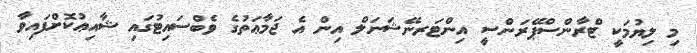
މި ލިޔުމަކީ ޓްރާންސްޕޭރަންސީ އިންޓަރނޭޝަނަލް އިން އެ ޖަމާޢަތުގެ ވެބްސައިޓުގައި ޝާއިޢުކޮށްފައިވާ